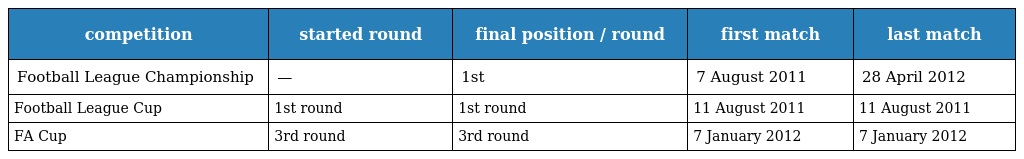
| competition | started round | final position / round | first match | last match |
 | --- | --- | --- | --- | --- |
 | Football League Championship | — | 1st | 7 August 2011 | 28 April 2012 |
 | Football League Cup | 1st round | 1st round | 11 August 2011 | 11 August 2011 |
 | FA Cup | 3rd round | 3rd round | 7 January 2012 | 7 January 2012 |